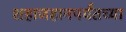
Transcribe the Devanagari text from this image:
शहाजहानपर्यंतच्या